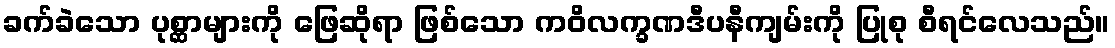
ခက်ခဲသော ပုစ္ဆာများကို ဖြေဆိုရာ ဖြစ်သော ကဝိလက္ခဏဒီပနီကျမ်းကို ပြုစု စီရင်လေသည်။